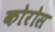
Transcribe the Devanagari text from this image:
कोरोस